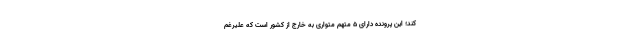
کند؛ این پرونده دارای ۵ متهم متواری به خارج از کشور است که علیرغم